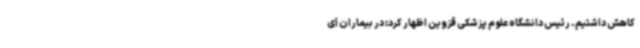
کاهش داشتیم. رئیس دانشگاه علوم پزشکی قزوین اظهار کرد: در بیماران آی